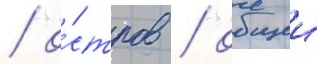
/ о́стров / общеи